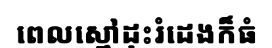
ពេលស្មៅដុះរំដេងក៏ធំ